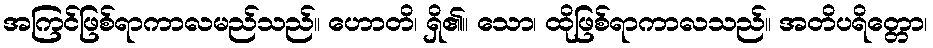
အကြင်ဖြစ်ရာကာလမည်သည်။ ဟောတိ၊ ရှိ၏။ သော၊ ထိုဖြစ်ရာကာလသည်။ အတိပရိတ္တော၊